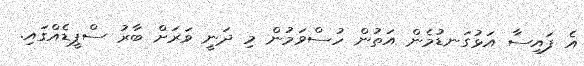
އެ ފައިސާ އަޅުގަނޑުމެން އަތުން ހުސްވަމުން މި ދަނީ ވަރަށް ބާރު ސްޕީޑެއްގައި.